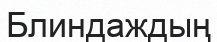
Блиндаждың